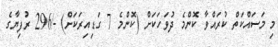
މި މަސައްކަތް ކުރައްވާ ކޮންމެ ދުވަހަކަށް (ކޮންމެ 7 ގަޑިއިރަކަށް) -/296 ރުފިޔާގެ